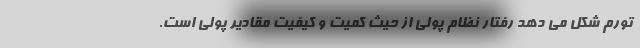
تورم شکل می دهد رفتار نظام پولی از حیث کمیت و کیفیت مقادیر پولی است.